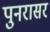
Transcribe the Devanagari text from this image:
पुनरासर